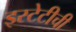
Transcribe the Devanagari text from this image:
इस्टेटीची